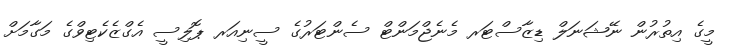
މީގެ އިތުރުން ނޭޝަނަލް ޑިޒާސްޓަރ މެނެޖްމަންޓް ސެންޓަރުގެ ސީނިއަރ ޕޮލިސީ އެގްޒެކެޓިވްގެ މަގާމަށް